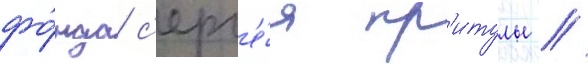
фо́нда с'ерг'е́я пр'итулы //